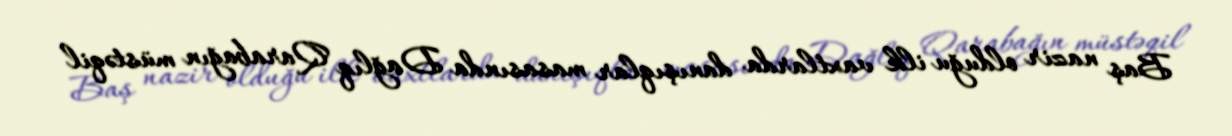
Baş nazir olduğu ilk vaxtlarda danışıqlar masasında Dağlıq Qarabağın müstəqil